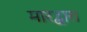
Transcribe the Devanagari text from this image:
मारद्वारा